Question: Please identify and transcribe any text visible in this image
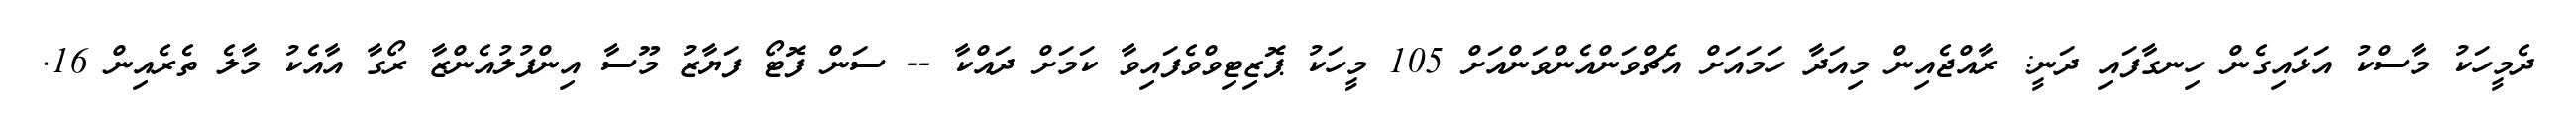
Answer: ދެމީހަކު މާސްކު އަޅައިގެން ހިނގާފައި ދަނީ: ރާއްޖެއިން މިއަދާ ހަމައަށް އެޗްވަންއެންވަންއަށް 105 މީހަކު ޕޮޒިޓިވްވެފައިވާ ކަމަށް ދައްކާ -- ސަން ފޮޓޯ ފަޔާޒު މޫސާ އިންފުލުއެންޒާ ރޯގާ އާއެކު މާލެ ތެރެއިން 16.